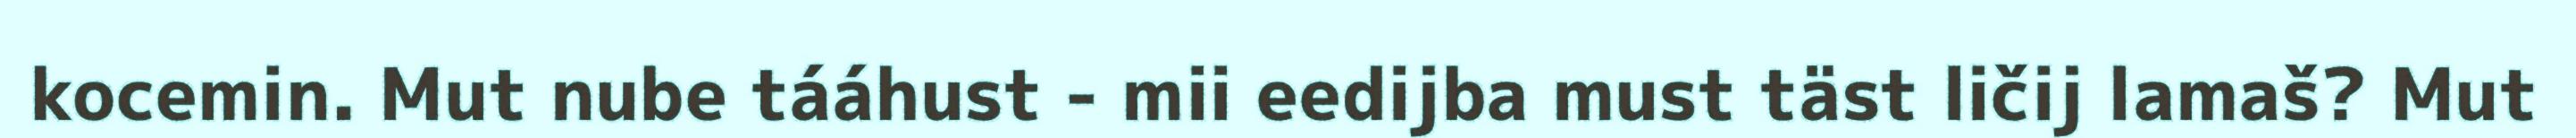
kocemin. Mut nube tááhust - mii eedijba must täst ličij lamaš? Mut